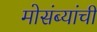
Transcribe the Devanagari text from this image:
मोसंब्यांची